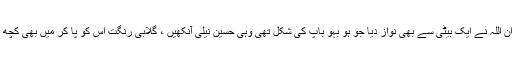
اسی دوران اللہ نے ایک بیٹی سے بھی نواز دیا جو ہو بہو باپ کی شکل تھی وہی حسین نیلی آنکھیں ، گلابی رنگت اس کو پا کر میں بھی کچھ بہل گئی۔